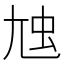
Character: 𡯥